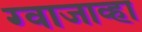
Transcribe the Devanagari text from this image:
ग्वाजाव्हा